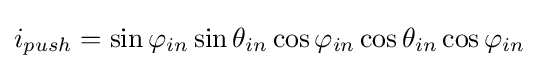
i_{push}=\sin {\varphi _{in}}\sin {\theta _{in}}\cos {\varphi _{in}}\cos {\theta _{in}}\cos {\varphi _{in}}